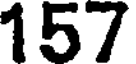
157